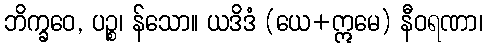
ဘိက္ခဝေ, ပဉ္စ၊ န်သော။ ယဒိဒံ (ယေ+ဣမေ) နီဝရဏာ၊